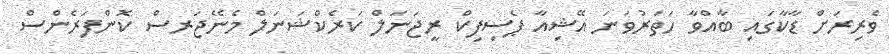
ވެރިރަށް ޑާކާގައި ބާއްވާ ހަތަރުވަނަ އޭޝިއާ ޕެސިފިކް ރީޖަނަލް ކަރެކްޝަނަލް މެނޭޖަރސް ކޮންފަރެންސް